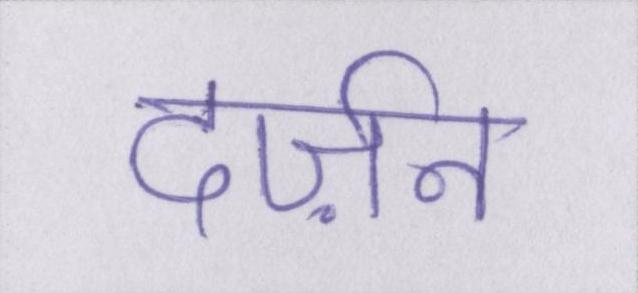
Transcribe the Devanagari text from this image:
दर्ज़न